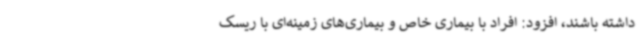
داشته باشند، افزود: افراد با بیماری خاص و بیماری‌های زمینه‌ای با ریسک